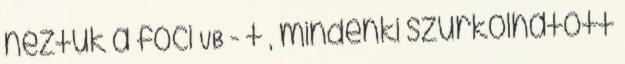
néztük a foci VB - t , mindenki szurkolhatott